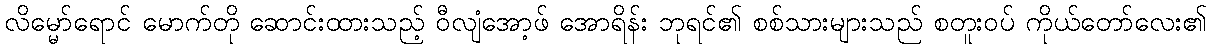
လိမ္မော်ရောင် မောက်တို ဆောင်းထားသည့် ဝီလျံအော့ဖ် အောရိန်း ဘုရင်၏ စစ်သားများသည် စတူးဝပ် ကိုယ်တော်လေး၏